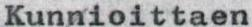
Kunnioittaen